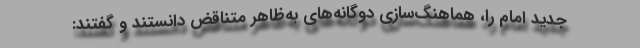
جدید امام را، هماهنگ‌سازی دوگانه‌های به‌ظاهر متناقض دانستند و گفتند: